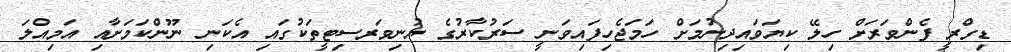
ޑިގްރީ ފެންވަރަށް ހިލޭ ކިޔަވައިދިނުމަށް ހަމަޖެހިފައިވަނީ ސަރުކާރުގެ ޔުނިވަރސިޓީތަކުގައި އެކަނި ނޫންކަމަށާއި އަމިއްލަ